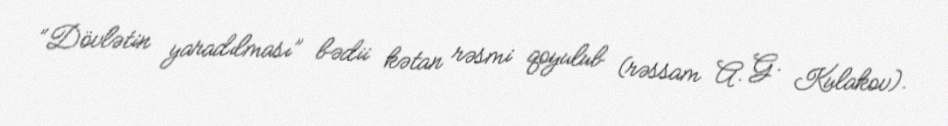
“Dövlətin yaradılması” bədii kətan rəsmi qoyulub (rəssam A. G. Kulakov).